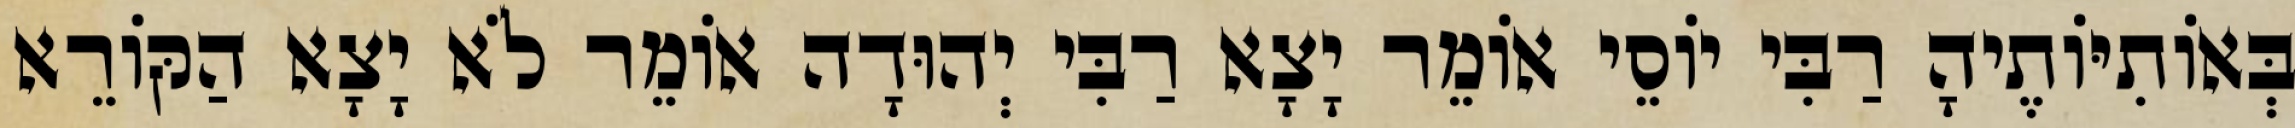
בְּאוֹתִיּוֹתֶיהָ רַבִּי יוֹסֵי אוֹמֵר יָצָא רַבִּי יְהוּדָה אוֹמֵר לֹא יָצָא הַקּוֹרֵא